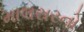
માલસરનો